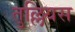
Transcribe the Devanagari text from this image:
तुल्लियस